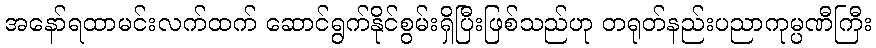
အနော်ရထာမင်းလက်ထက် ဆောင်ရွက်နိုင်စွမ်းရှိပြီးဖြစ်သည်ဟု တရုတ်နည်းပညာကုမ္ပဏီကြီး